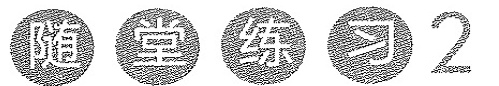
随堂练习